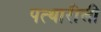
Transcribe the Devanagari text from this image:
पत्थारीली